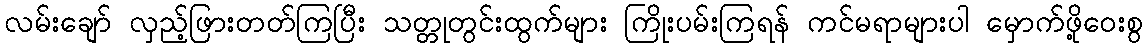
လမ်းချော် လှည့်ဖြားတတ်ကြပြီး သတ္တုတွင်းထွက်များ ကြိုးပမ်းကြရန် ကင်မရာများပါ မှောက်ဖို့ဝေးစွ